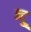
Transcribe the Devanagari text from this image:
न्दु